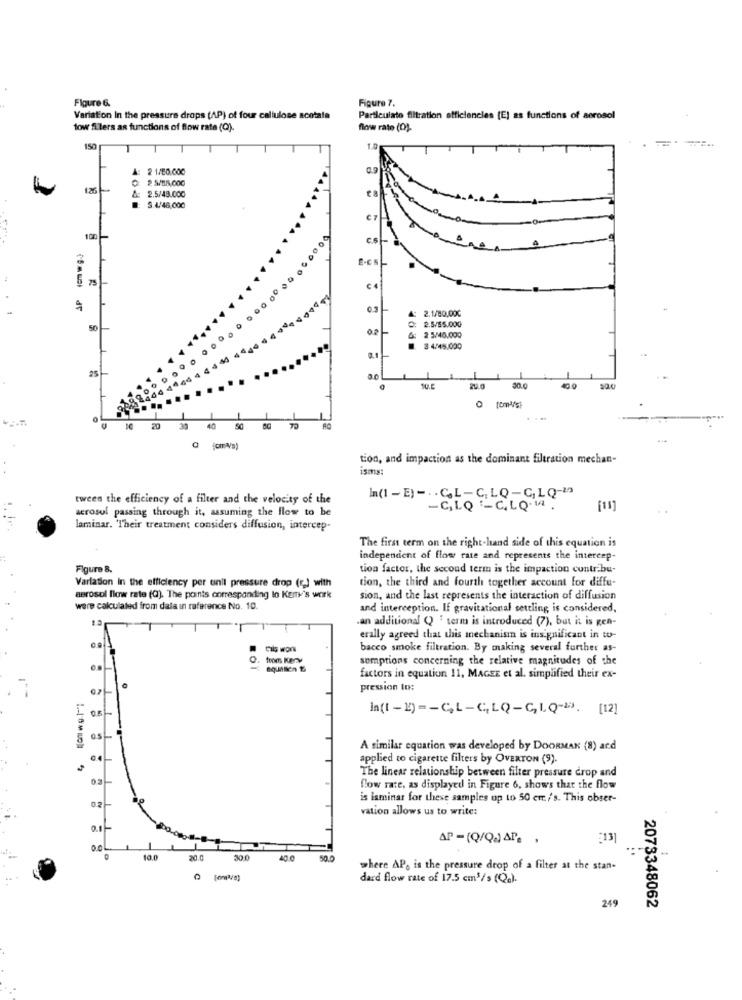
Figure &
Figure 7.
Variation In the pressure drops (AP) of four cellulose scotata
Particulato filtration efficiencies (E) as functions of aerosol
tow filers as functions of flow rate (Q).
flow rate (D)-
150
1.0
A: 2 1/60.000
0: 2 3/85,000
126
&: 2.5/48.000
: S.446,000
100 -
6
AP
€ 4
4: 2.1/80,00℃
50
Q: 2.5/55.000
2 5/40.000
3 4.45.000
25-
10.5
30.0
0
20
40
50
tion, and impaction as the dominant filtration mechan-
isms:
tween the efficiency of a filter and the velocity of the
In(1 - E) -.. C.L-C, LQ-G, LQ-19
acrosul passing through it, assuming the flow to be
-C, LQ -C. LQ.M .
[1]
laminar. Their treatment considers diffusion, intercep-
The first term on the right-hand side of this equation is
independent of flow rate and represents the intercep-
Figure 8.
tion factor, the second term is the impaction contribu-
tion, the third and fourth together account for diffu-
Variation In the efficiency per unit pressure drop (c) with
aerosol flow rate (Q). The points corresponding lo Kem's work
sion, and the last represents the interaction of diffusion
were calculated from dala in reference No. 10.
and interception. If gravitational settling is considered,
an additional Q ' term is introduced (7), but it is gen-
erally agreed that this mechanism is insignificant in to-
Cils work
bacco smoke filtration. By making several further as-
0.
toom Keny
somptions concerning the relative magnitudes of the
factors in equation 11, MAGEE et al. simplified their ex-
07
pression to:
h(1-1) =- GL-GLQ-GLQ-23. [12]
A similar equation was developed by DOORMAN (8) ard
4
0.4
applied to cigarette filters by OVERTON (9).
The linear relationship between filter pressure drop and
flow rate, as displayed in Figure 6, shows that the flow
0.2.
is laminat for these samples up to 50 cm/s. This obser-
vation allows us to write:
0.1 -
00
..
10.0
20.0
300
where APe is the pressure drop of a filter at the stan-
dard flow rate of 17.5 cm3/s (Qa).
249
2073348062